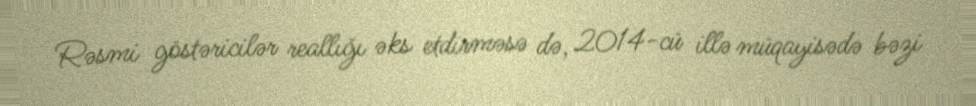
Rəsmi göstəricilər reallığı əks etdirməsə də, 2014-cü illə müqayisədə bəzi